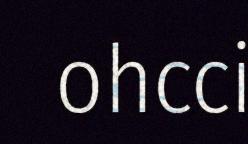
ohcci